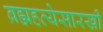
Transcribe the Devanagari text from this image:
ब्रह्महत्येसारखी